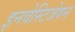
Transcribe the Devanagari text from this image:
इनवेस्टिजेषन